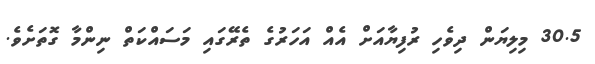
30.5 މިލިޔަން ދިވެހި ރުފިޔާއަށް އެއް އަހަރުގެ ތެރޭގައި މަސައްކަތް ނިންމާ ގޮތަށެވެ.